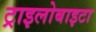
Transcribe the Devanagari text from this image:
ट्राइलोबाइटा